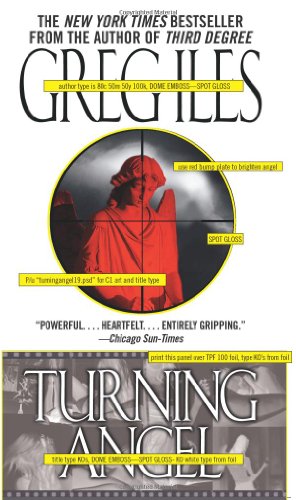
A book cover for Turning Angel: A Novel (A Penn Cage Novel); Greg Iles; Mystery, Thriller & Suspense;